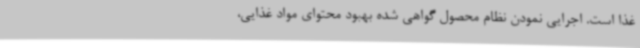
غذا است. اجرایی نمودن نظام محصول گواهی شده بهبود محتوای مواد غذایی،